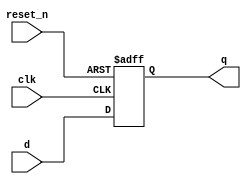
module DFF_8bit(clk, reset_n, d, q);
input clk,reset_n;
parameter N=8;
input [N-1:0] d;
output reg [N-1:0] q;
always @(posedge clk,negedge reset_n)
begin
if (!reset_n)
q <= {N{1'b0}};
else
q <= d;
end
endmodule